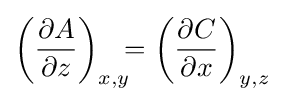
\left({\frac {\partial A}{\partial z}}\right)_{x,y}\!\!\!=\left({\frac {\partial C}{\partial x}}\right)_{y,z}